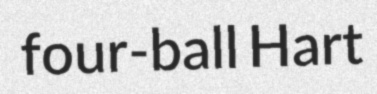
four-ball Hart